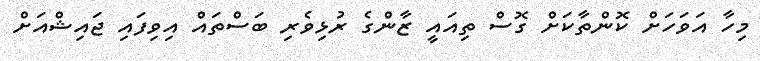
މިހާ އަވަހަށް ކޮންތާކަށް ގޮސް ތިއައީ ޒާންގެ ރުޅިވެރި ބަސްތައް އިވިފައި ޖައިޝްއަށް